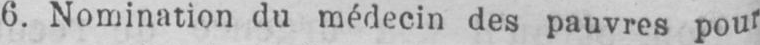
6. Nomination du médecin des pauvres pour